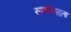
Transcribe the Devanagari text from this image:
स्पर्शासह्यता